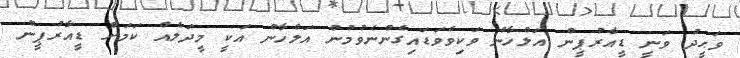
ވަޙީދު ވަނީ ޑީއާރުޕީން އަލްހާން ވަކިވެވަޑައިގެންނެވުމުން އަލްހާން އަކީ މީދަލެއް ކަމަށް ޑީއާރުޕީން